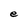
Character: e